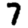
Digit: 7